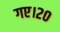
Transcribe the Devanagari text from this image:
गए।२०